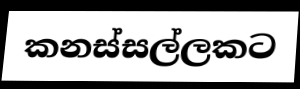
කනස්සල්ලකට